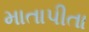
માતાપીતા